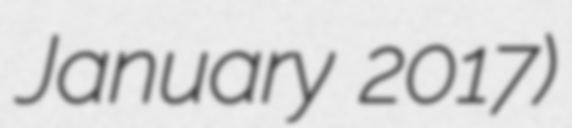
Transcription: January 2017)